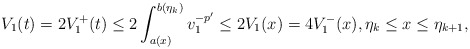
\begin{align*}V_1(t)=2V_1^+(t)\le 2\int_{a(x)}^{b(\eta_k)}v_1^{-p'}\le 2V_1(x)=4 V_1^-(x), \eta_k\le x\le\eta_{k+1},\end{align*}